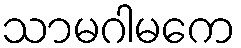
သာမဂါမကေ